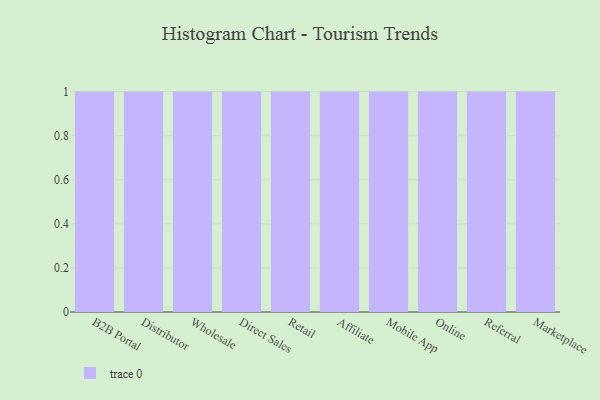
{"axis": {"x": "Channel", "y": "Market Share (%)"}, "legend": [""], "data": [{"x": "B2B Portal", "y": 16, "type": ""}, {"x": "Distributor", "y": 8, "type": ""}, {"x": "Wholesale", "y": 19, "type": ""}, {"x": "Direct Sales", "y": 68, "type": ""}, {"x": "Retail", "y": 13, "type": ""}, {"x": "Affiliate", "y": 29, "type": ""}, {"x": "Mobile App", "y": 69, "type": ""}, {"x": "Online", "y": 11, "type": ""}, {"x": "Referral", "y": 23, "type": ""}, {"x": "Marketplace", "y": 59, "type": ""}]}